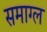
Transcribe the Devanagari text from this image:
समाग्ल